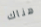
هناك